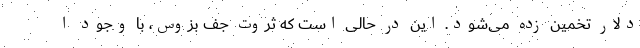
دلار تخمین زده می‌شود. این در حالی است که ثروت جف بزوس، با وجود ا